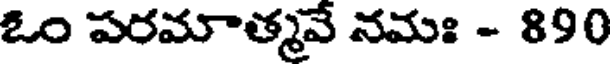
ఓం పరమాత్మవే నమః - 890